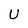
Character: U